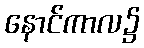
နောင်ကာလ၌